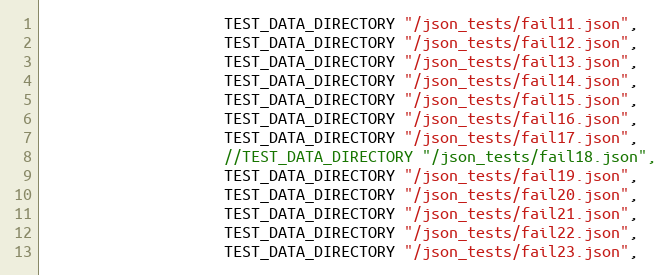
Language: C++
                    TEST_DATA_DIRECTORY "/json_tests/fail11.json",
                    TEST_DATA_DIRECTORY "/json_tests/fail12.json",
                    TEST_DATA_DIRECTORY "/json_tests/fail13.json",
                    TEST_DATA_DIRECTORY "/json_tests/fail14.json",
                    TEST_DATA_DIRECTORY "/json_tests/fail15.json",
                    TEST_DATA_DIRECTORY "/json_tests/fail16.json",
                    TEST_DATA_DIRECTORY "/json_tests/fail17.json",
                    //TEST_DATA_DIRECTORY "/json_tests/fail18.json",
                    TEST_DATA_DIRECTORY "/json_tests/fail19.json",
                    TEST_DATA_DIRECTORY "/json_tests/fail20.json",
                    TEST_DATA_DIRECTORY "/json_tests/fail21.json",
                    TEST_DATA_DIRECTORY "/json_tests/fail22.json",
                    TEST_DATA_DIRECTORY "/json_tests/fail23.json",